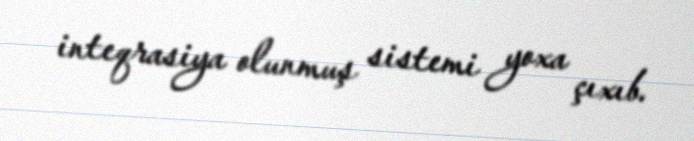
inteqrasiya olunmuş sistemi yoxa çıxıb.